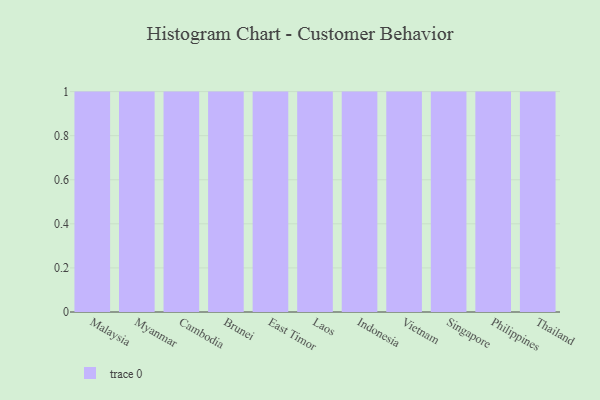
{"axis": {"x": "Country", "y": "Production Output"}, "legend": [""], "data": [{"x": "Malaysia", "y": 30, "type": ""}, {"x": "Myanmar", "y": 25, "type": ""}, {"x": "Cambodia", "y": 20, "type": ""}, {"x": "Brunei", "y": 99, "type": ""}, {"x": "East Timor", "y": 66, "type": ""}, {"x": "Laos", "y": 66, "type": ""}, {"x": "Indonesia", "y": 68, "type": ""}, {"x": "Vietnam", "y": 26, "type": ""}, {"x": "Singapore", "y": 54, "type": ""}, {"x": "Philippines", "y": 31, "type": ""}, {"x": "Thailand", "y": 60, "type": ""}]}